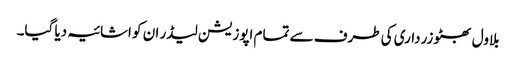
بلاول بھٹو زرداری کی طرف سے تمام اپوزیشن لیڈر ان کو اشائیہ دیا گیا۔